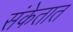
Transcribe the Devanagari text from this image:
संकेतात